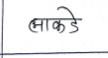
मजकूर: लाकडे